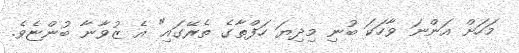
މަހަށް އަންނަ ވާހަކަ ބުނި މިދިޔަ ހަފްތާގެ ތެރޭގައި" އެ ޒުވާނާ ބުންޏެވެ.